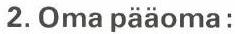
2. Oma pääoma: